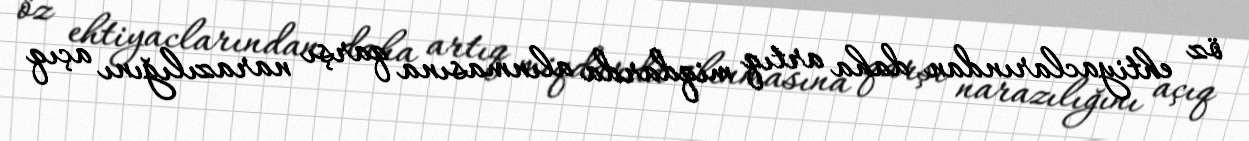
öz ehtiyaclarından daha artıq miqdarda alınmasına qarşı narazılığını açıq